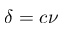
\delta = c \nu